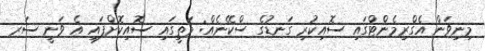
މިނިވަން އެގްރިމެންޓްގައި ސޮއިކުރި ގަނޑުގެ ސްކޭނެއް: މަތީގައި ސޮއިކޮށްފައި އެ ވަނީ ސަރ